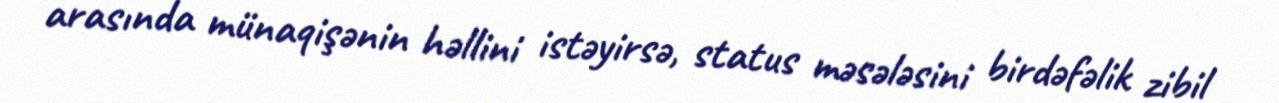
arasında münaqişənin həllini istəyirsə, status məsələsini birdəfəlik zibil